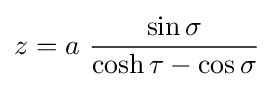
z=a\ {\frac {\sin \sigma }{\cosh \tau -\cos \sigma }}